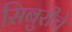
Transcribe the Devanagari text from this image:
सिबुरीचे